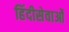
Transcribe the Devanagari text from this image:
हिंदीसेवाओं